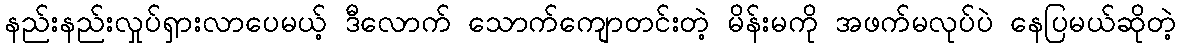
နည်းနည်းလှုပ်ရှားလာပေမယ့် ဒီလောက် သောက်ကျောတင်းတဲ့ မိန်းမကို အဖက်မလုပ်ပဲ နေပြမယ်ဆိုတဲ့